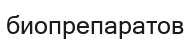
биопрепаратов